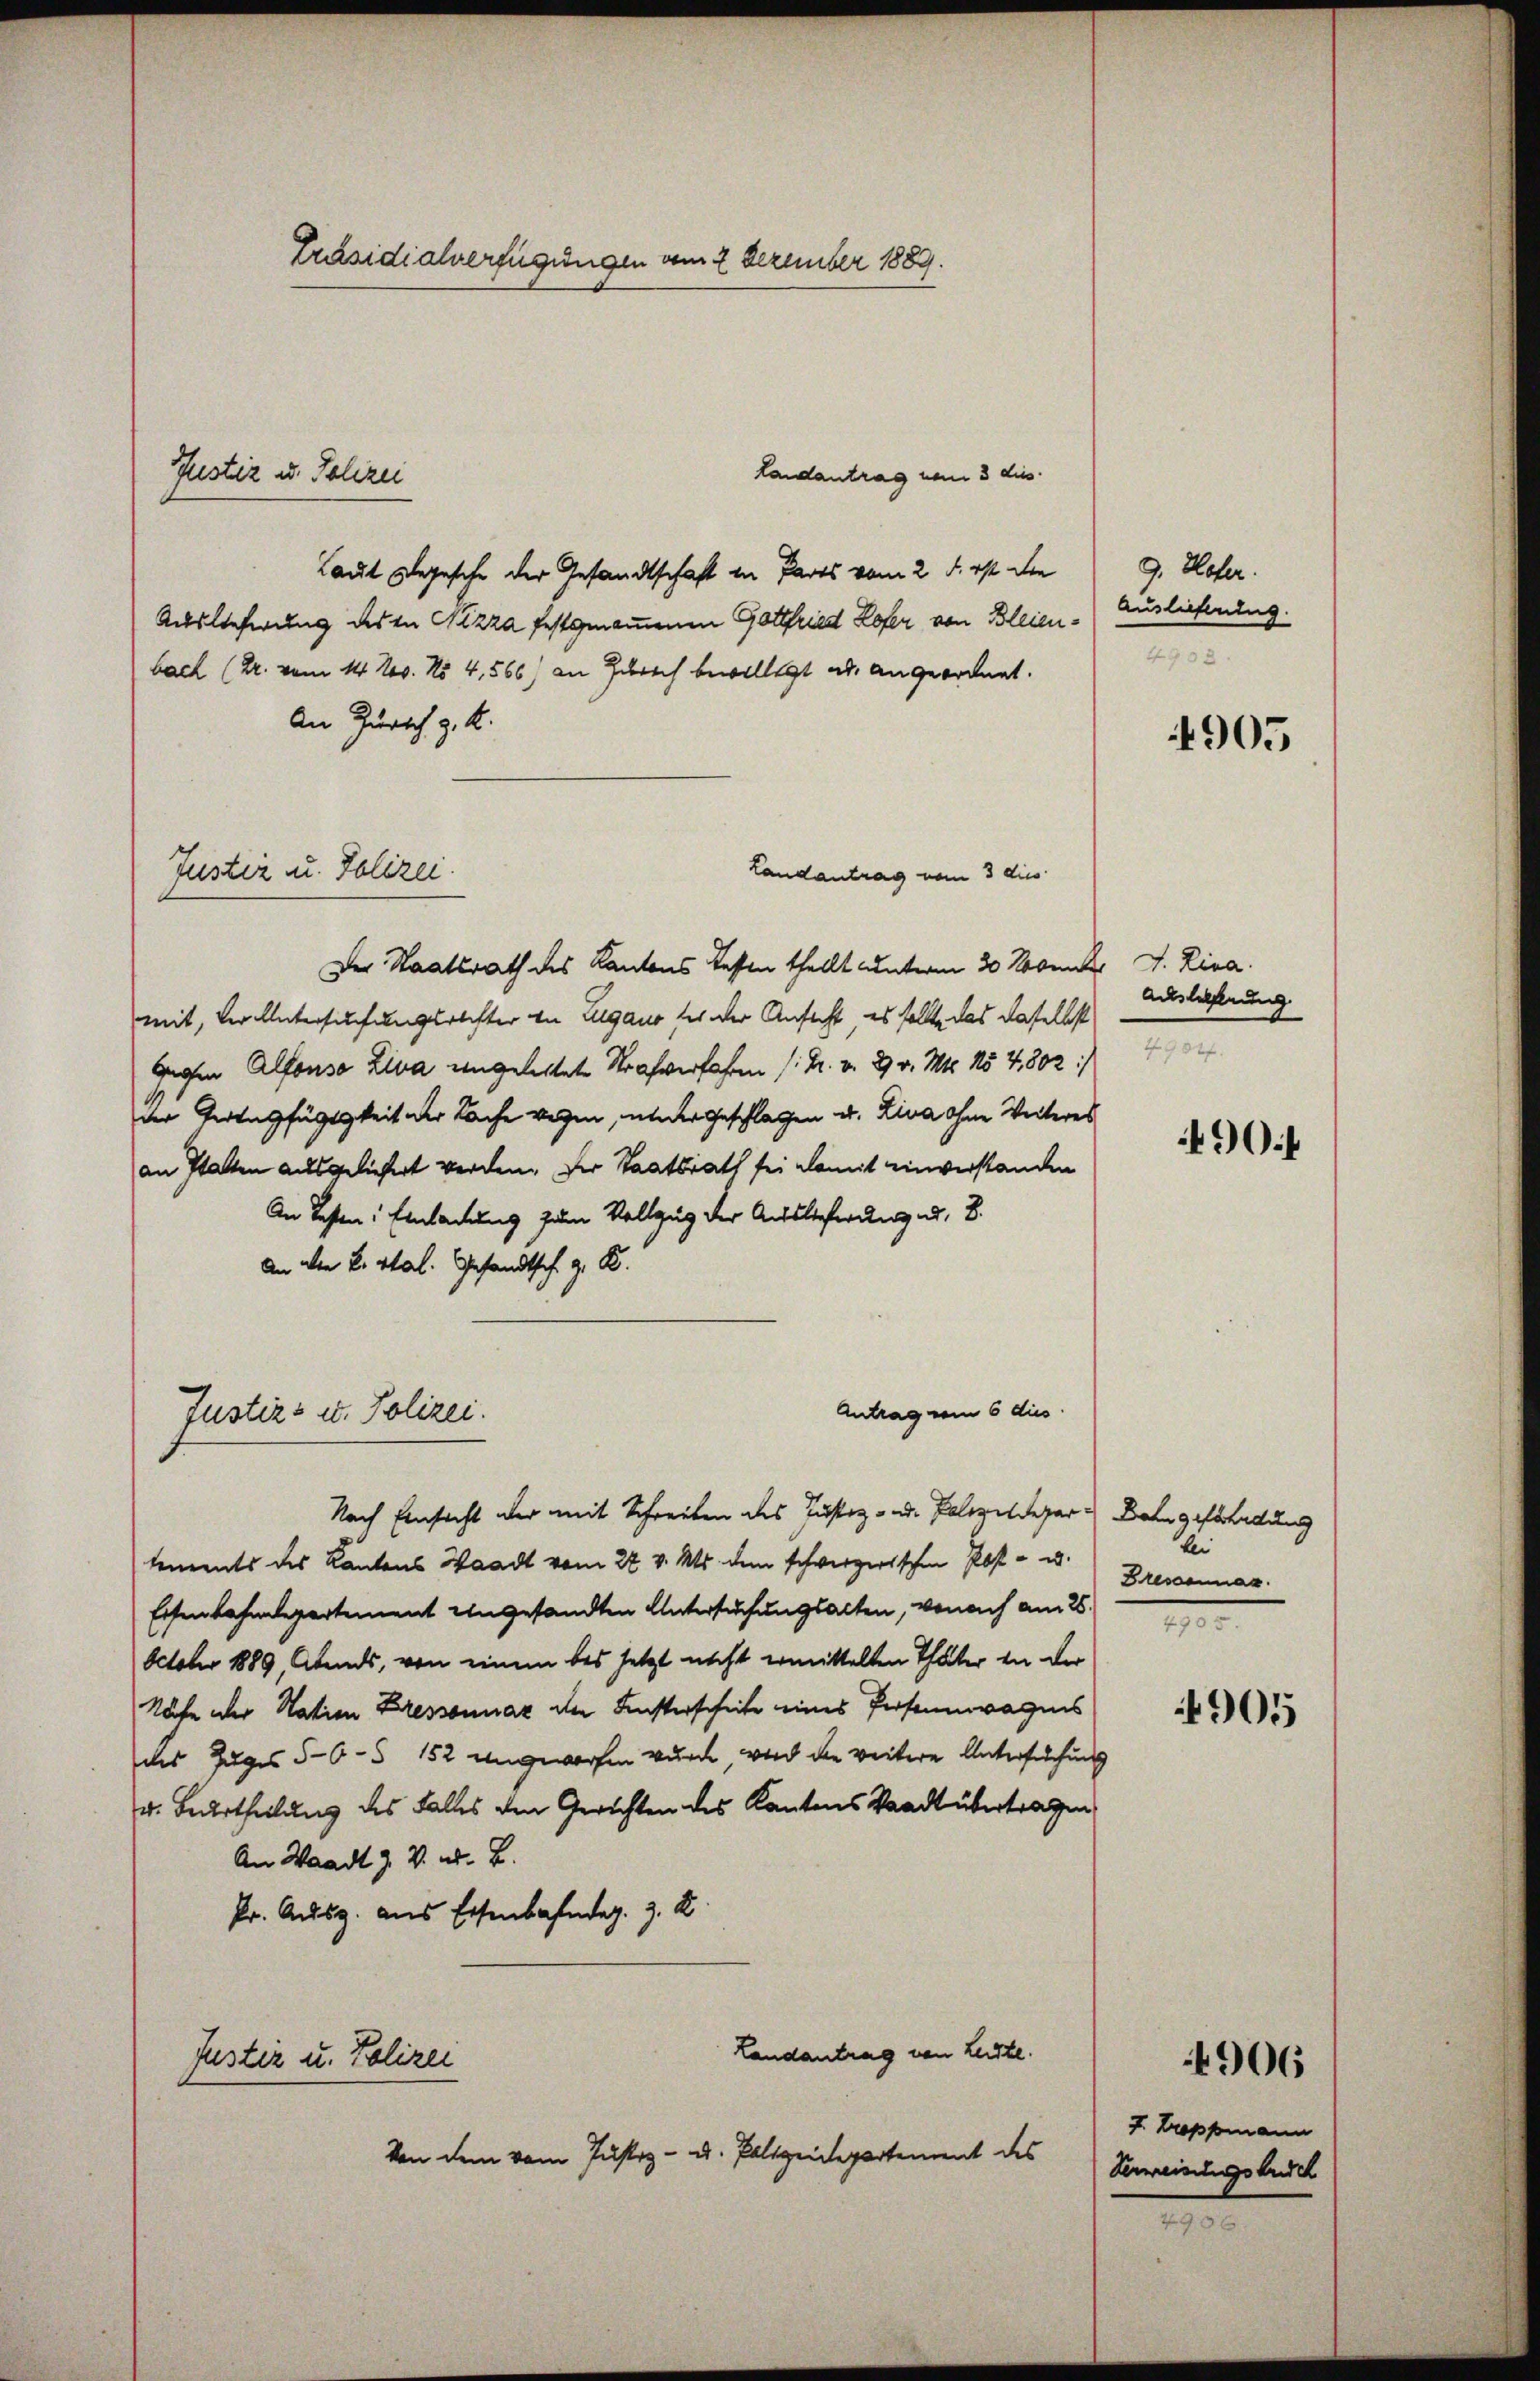
Landantrag vom 3 dies
Laut Segesche der Gesandtschaft in Parts vom 2. d. ist die
Auslieferung des in Nizza festgenommenen Gottfried Lofer von Bleienbach (Dr. vom 14. Jes. No 4,566) an Zürich bewilligt ad angeordnet.
An Zürich z. K.
Landantrag vom 3 dies
Der Staatsrath des Kantons Tessen thellt unterm 30 Novent J. Lina.
mit, veruntersuchungsrechter in Zugano der der Ansicht es sollte das daselbst
Gegen Alfonso Liva angelestete Strafverfahren (: Dr. v. 29 v. Mts. 154, 802 :/
der Tertngfügigkeit der Sache wegen, wieder Geschlagen u. Liva ohne Weiteres
an Statten ausgelichert werden. Der Staatsrath sei damit einverstanden
An Lasten: Einladung zum Vollzug der Auslieferung d. 8.
An der L. Stal. Gesandtsch z. B.
Antrag vom 6 dies
Justiz- u. Polizei.

Justiz u. Polizei

Justiz u. Polizei.

Präsidialverfügungen vom 2 Dezember 1889.

Nach Einsicht der mit Schreiben des Justiz- u. Palerendepartements des Kantons Waadt vom 27. v. Mts. dem schwerzerischen Post- u. Bressannaz
Eisenbahndepartement engesandten Untersuchungsalten, wonach am 26.
Octobr 1889, Abends, von einem bis jetzt nicht ermittelten Thäter in der
Nähe der Nation Bressonnaz der Fensterscheite eines Personnägnis
des Zuges 5-6 § 152 angeworfen wurde, wird die weitere Untersuchung
v. Beurtheilung des Falles den Gerichten des Kantons Waadt übertragen
An Waadt Z. V. W. B.
Pr. Ausg. aus Eisenbahndag. z. B.
Landantrag von Leiste.
Justiz u. Polizei
Von dem vom Justiz- u. Polizeidepartement des

9. Hofer.
Auslichtung.

905

Auslieferung
1

490 f

Bahn gefährdung
bei

905

f. Troppmann
Verweisungsbesch

4906